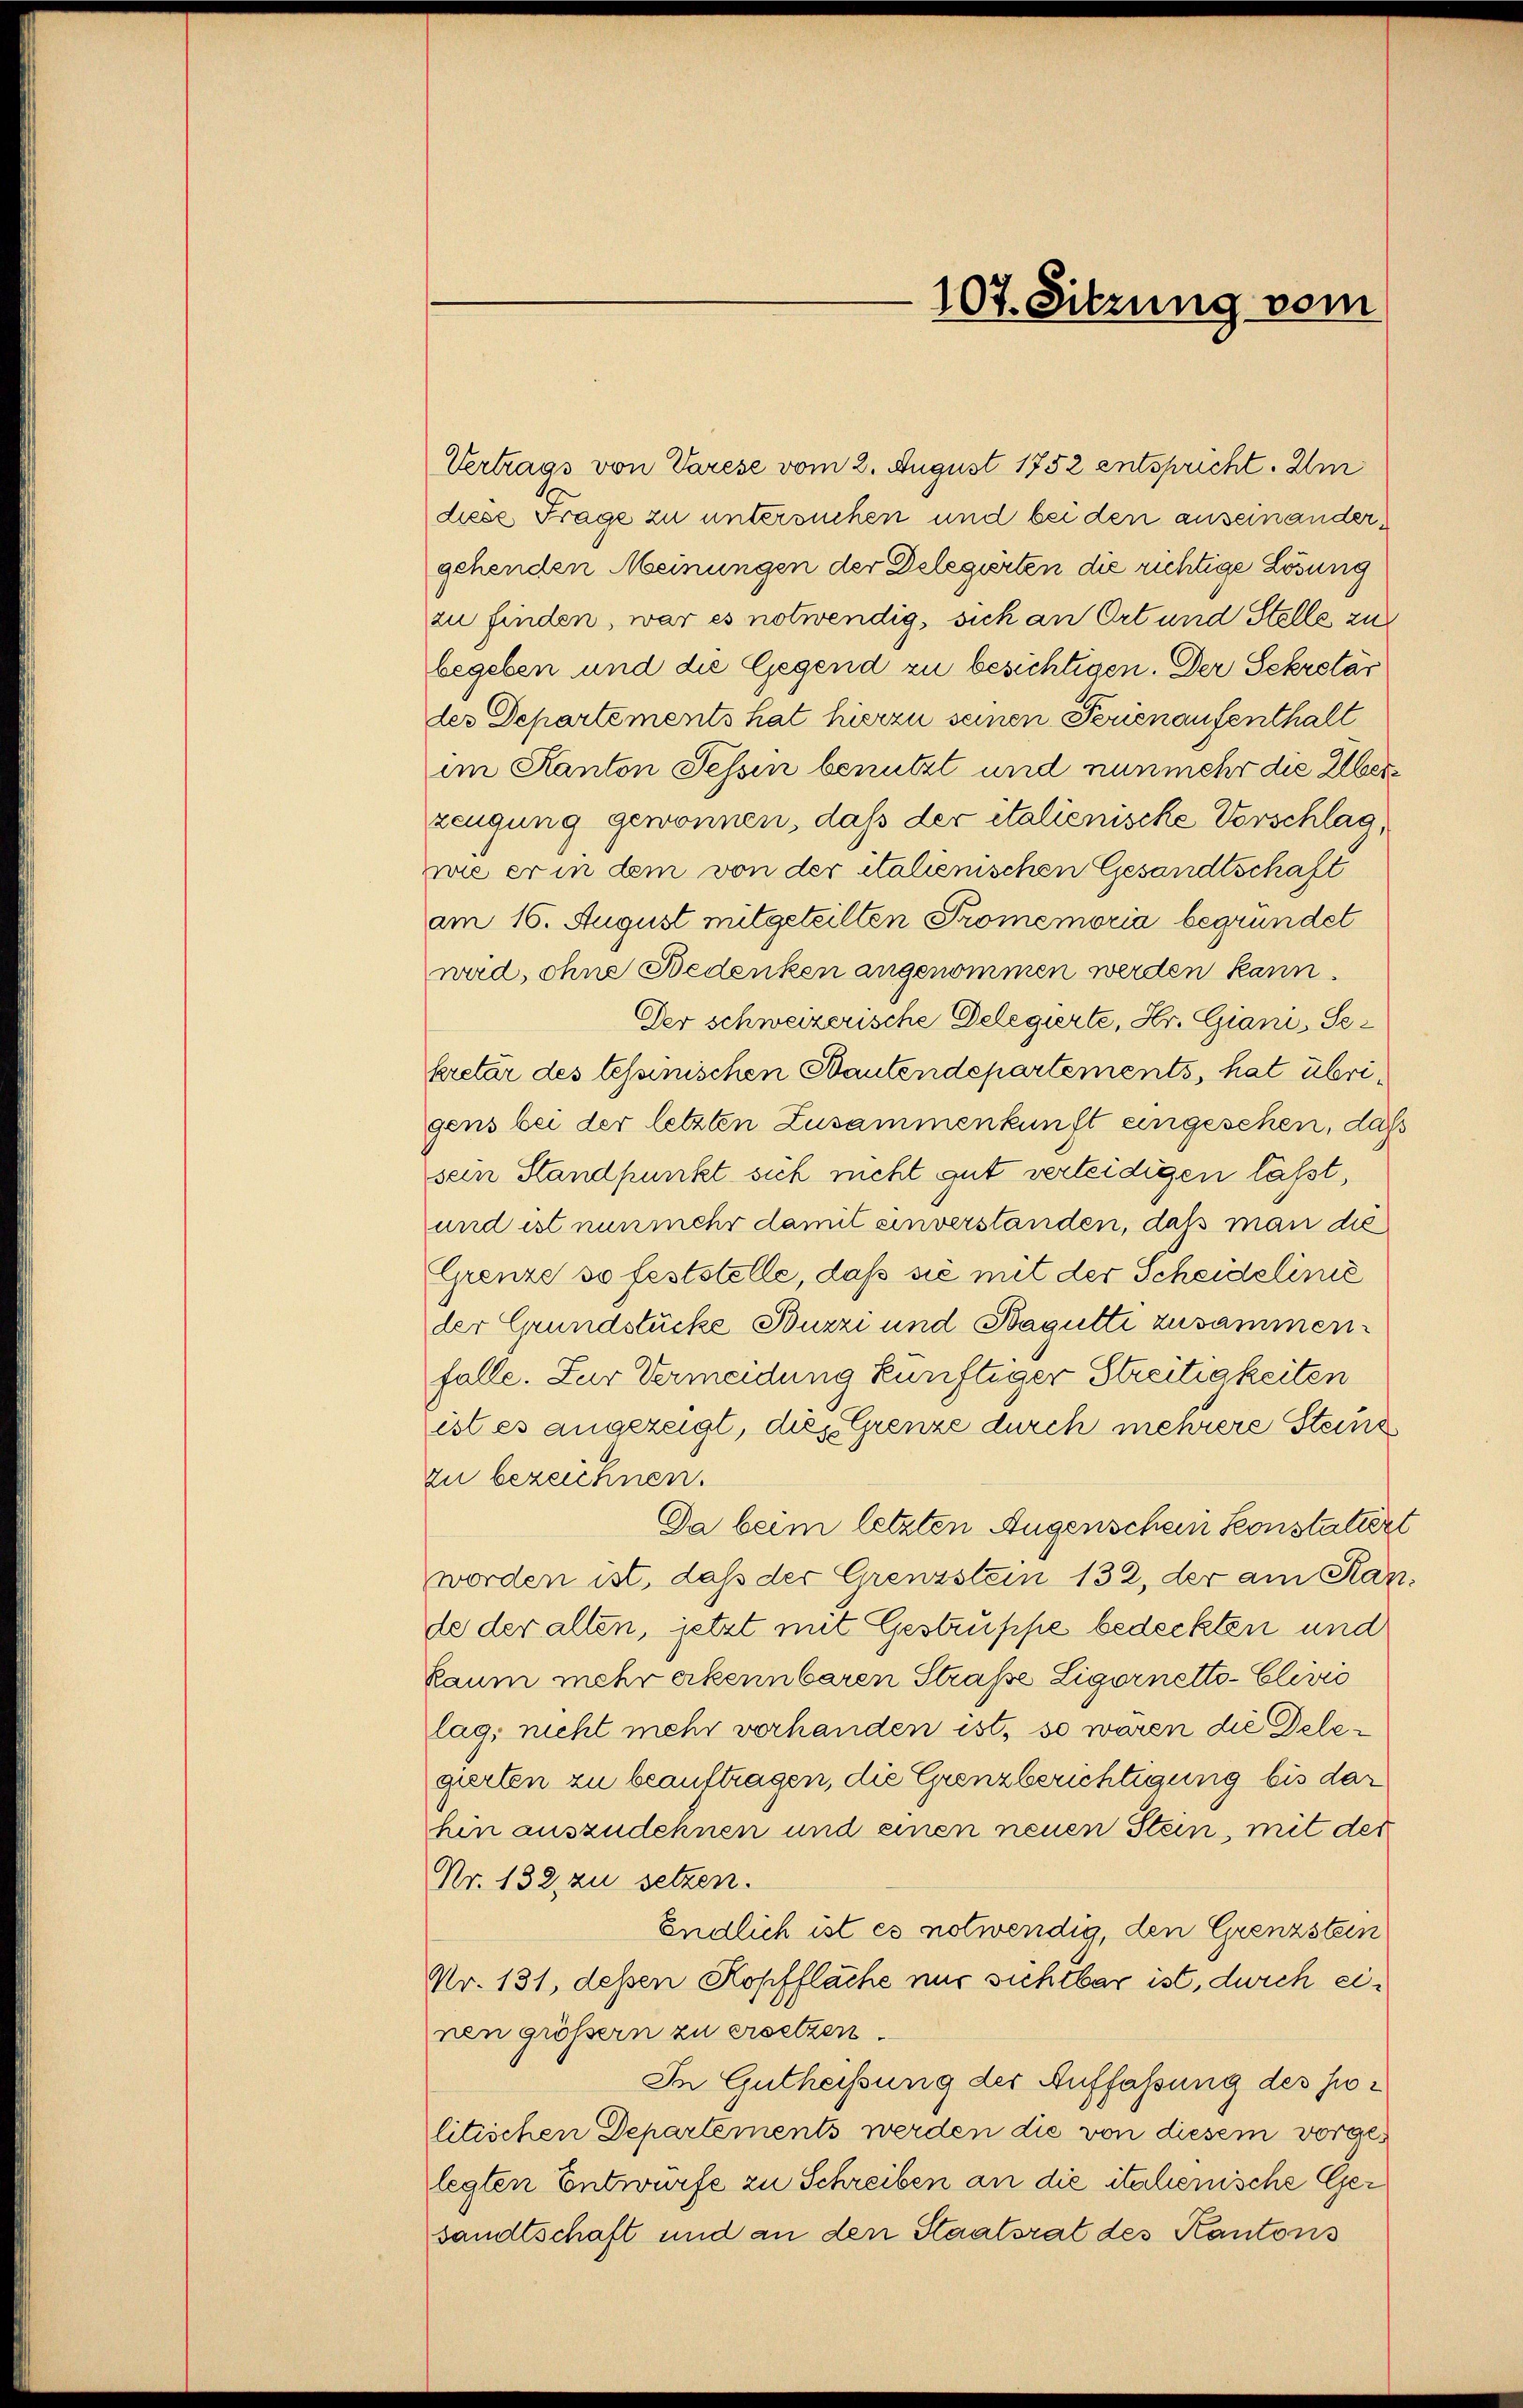
Vertrags von Varese vom 2. August 1752 entspricht. Im
diese Frage zu untersuchen und bei den anseinandergehenden Meinungen der Delegierten die richtige Lösung
zu finden, war es notwendig, sich an Ort und Stelle zu
begeben und die Gegend zu besichtigen. Der Sekretär
der Departements hat hierzu seinen Ferienaufenthalt
im Kanton Tessin benutzt und nunmehr die Albere
zeugung gewonnen, daß der italienische Vorschlag,
wie er in dem von der italienischen Gesandtschaft
am 16. August mitgeteilten Promemoria begründet
wad, ohne Bedenken angenommen werden kann.
Der schweizerische Delegierte, Hr. Giani, Sekretär des tessinischen Bautendepartements, hat übrigens bei der letzten Zusammenkunft eingesehen, daß
sein Standpunkt sich nicht gut verleidigen läßt,
und ist nunmehr damit einverstanden, daß man die
Grenze so feststelle, daß sie mit der Scheidelinie
der Grundstücke Buzzi und Bagütte zusammen.
falle. Zur Vermeidung künftiger Streitigkeiten
ist es angezeigt, dies Grenze durch mehrere Steine
zu bezeichnen.
Da beim letzten Augenschein konstatirt
worden ist, daß der Grenzstein 132, der am Kande der alten, jetzt mit Gestruppe bedeckten und
Raum mehr erkennbaren Straße Ligornetto-Clivić
lag, nicht mehr verhanden ist, so waren die Delegierten zu beauftragen, die Grenzberichtigung bis dar
hin auszudehnen und einen neuen Stein, mit der
Nr. 132 zu setzen.
Endlich ist es notwendig, den Grenzstein
Nr. 131, deßen Kopffläche nur sichtbar ist, durch einen größern zu ersetzen.
In Gutheißung der Auffassung des jelitischen Departements werden die von diesem vorgelegten Entwürfe zu Schreiben an die italienische Ger
sandtschaft und an den Staatsrat des Kantons

107. Sitzung vom